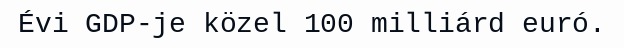
Évi GDP-je közel 100 milliárd euró.